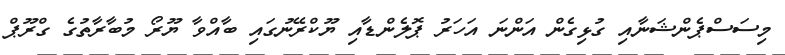
މިސަސްޕެންޝަނާއި ގުޅިގެން އަންނަ އަހަރު ޕޮލެންޑާއި ޔޫކްރޭނުގައި ބާއްވާ ޔޫރޯ މުބާރާތުގެ ގްރޫޕް